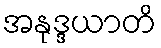
အနုဒ္ဒယာတိ